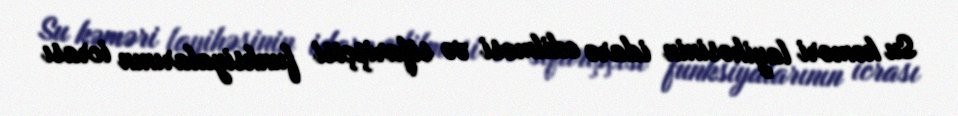
Su kəməri layihəsinin idarə edilməsi və sifarişçisi funksiyalarının icrası